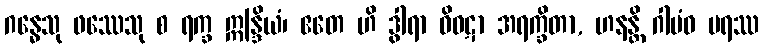
ဂန္ဓေသု ဖဿေသု စ ရက္ခ ဣန္ဒြိယံ၊ ဧတေ ဟိ ဒွါရာ ဝိဝဋာ အရက္ခိတာ, ဟနန္တိ ဂါမံဝ ပရဿ